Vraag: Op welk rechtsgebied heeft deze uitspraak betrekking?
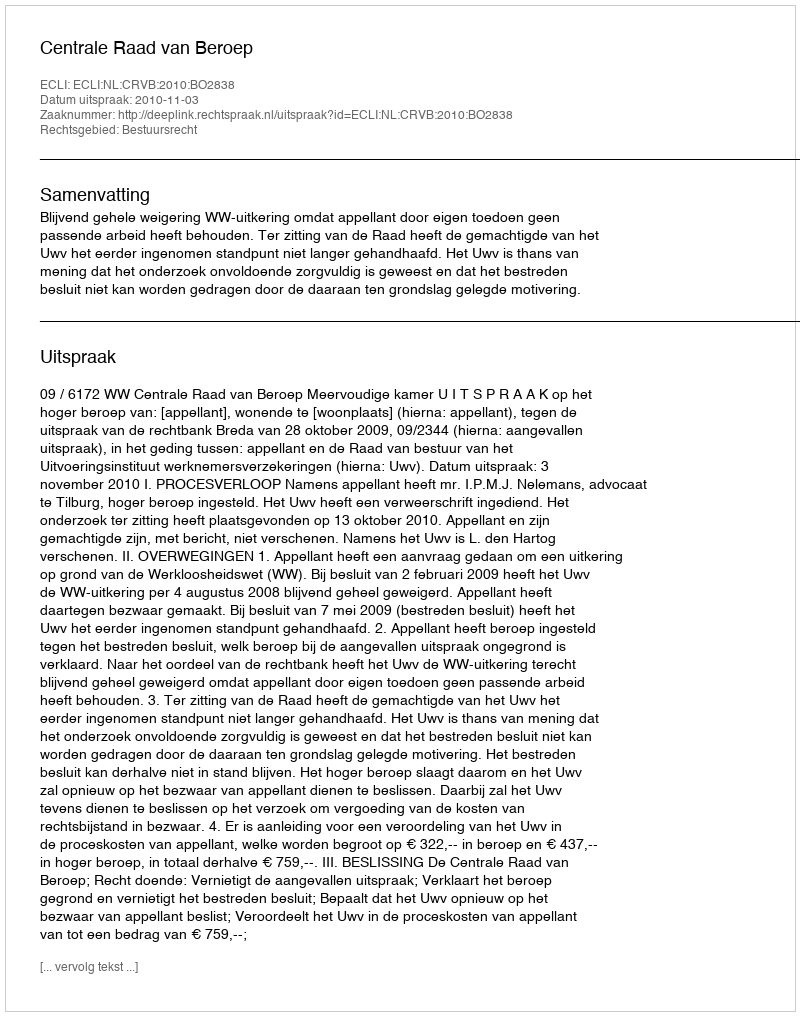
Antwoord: Bestuursrecht